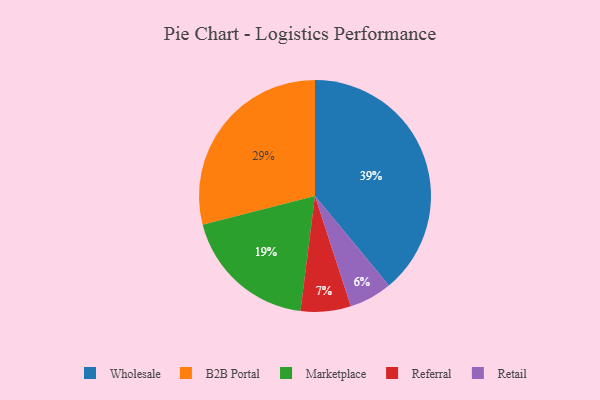
{"axis": {"x": "Category", "y": "Percentage"}, "legend": ["B2B Portal", "Marketplace", "Referral", "Retail", "Wholesale"], "data": [{"x": "Referral", "y": 7, "type": "Referral"}, {"x": "Retail", "y": 6, "type": "Retail"}, {"x": "Marketplace", "y": 19, "type": "Marketplace"}, {"x": "Wholesale", "y": 39, "type": "Wholesale"}, {"x": "B2B Portal", "y": 29, "type": "B2B Portal"}]}